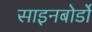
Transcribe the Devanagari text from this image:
साइनबोर्डों